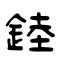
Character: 錴